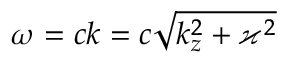
\omega = c k = c \sqrt { k _ { z } ^ { 2 } + \varkappa ^ { 2 } }